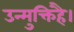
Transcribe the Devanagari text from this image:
उन्मुक्तिहै।